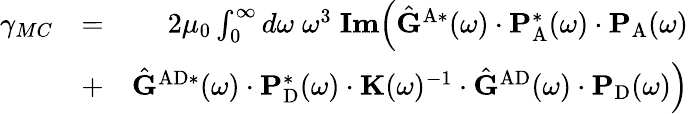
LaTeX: \begin{array}{rlr}{\gamma_{MC}}&{=}&{2\mu_{0}\int_{0}^{\infty}d\omega\; \omega^{3}\; \textbf{Im}\Big(\hat{\mathbf{G}}^{\mathrm{A}*}(\omega)\cdot\mathbf{P}_{\mathrm{A}}^{*}(\omega)\cdot\mathbf{P}_{\mathrm{A}}(\omega)}\\ &{+}&{\hat{\mathbf{G}}^{\mathrm{AD}*}(\omega)\cdot\mathbf{P}_{\mathrm{D}}^{*}(\omega)\cdot\mathbf{K}(\omega)^{-1}\cdot\hat{\mathbf{G}}^{\mathrm{AD}}(\omega)\cdot\mathbf{P}_{\mathrm{D}}(\omega)\Big)}\end{array}